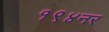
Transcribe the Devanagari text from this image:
१९४नर